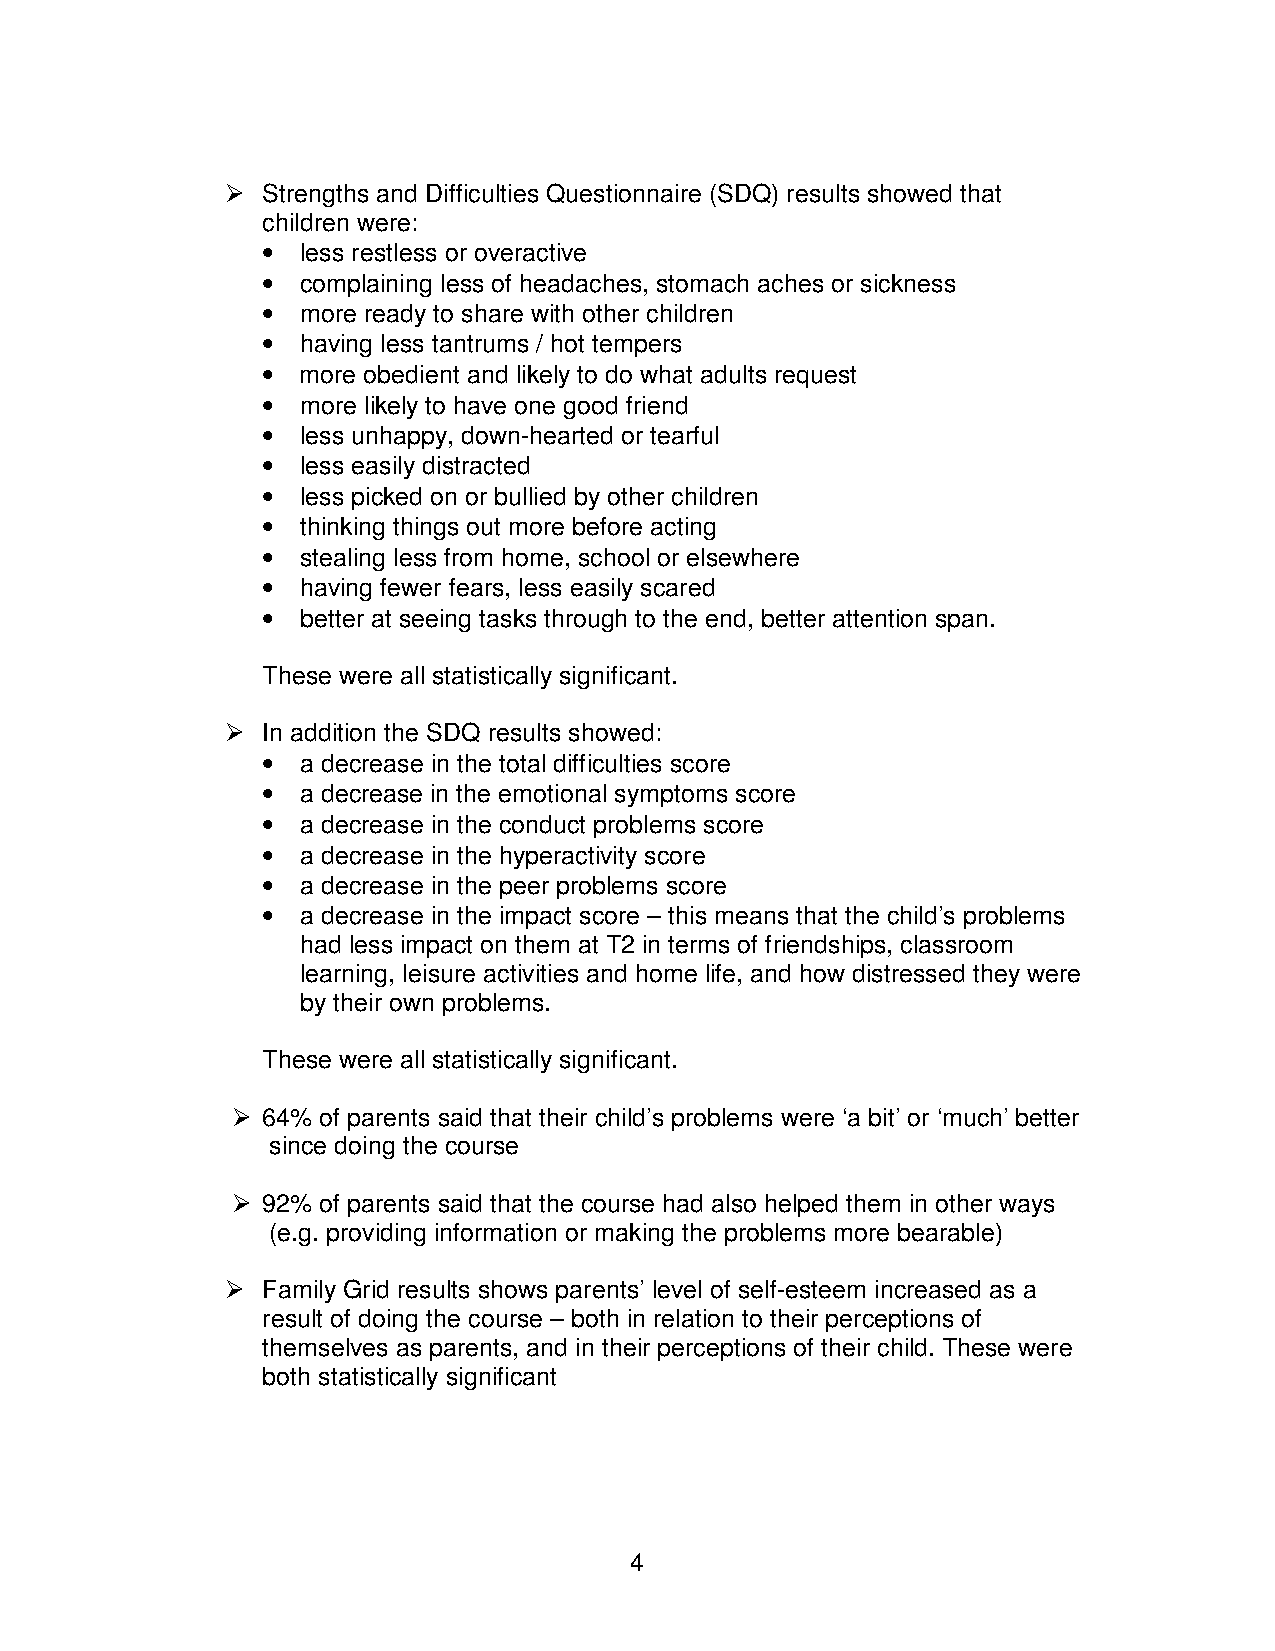
 Strengths and Difficulties Questionnaire (SDQ) results showed that
 children were:
 •  less restless or overactive
 •  complaining less of headaches, stomach aches or sickness
 •  more ready to share with other children
 •  having less tantrums / hot tempers
 •  more obedient and likely to do what adults request
 •  more likely to have one good friend
 •  less unhappy, down-hearted or tearful
 •  less easily distracted
 •  less picked on or bullied by other children
 •  thinking things out more before acting
 •  stealing less from home, school or elsewhere
 •  having fewer fears, less easily scared
 •  better at seeing tasks through to the end, better attention span.
 These were all statistically significant.
  In addition the SDQ results showed:
 •  a decrease in the total difficulties score
 •  a decrease in the emotional symptoms score
 •  a decrease in the conduct problems score
 •  a decrease in the hyperactivity score
 •  a decrease in the peer problems score
 •  a decrease in the impact score – this means that the child’s problems
 had less impact on them at T2 in terms of friendships, classroom
 learning, leisure activities and home life, and how distressed they were
 by their own problems.
 These were all statistically significant.
  64% of parents said that their child’s problems were ‘a bit’ or ‘much’ better
 since doing the course
  92% of parents said that the course had also helped them in other ways
 (e.g. providing information or making the problems more bearable)
  Family Grid results shows parents’ level of self-esteem increased as a
 result of doing the course – both in relation to their perceptions of
 themselves as parents, and in their perceptions of their child. These were
 both statistically significant
 4